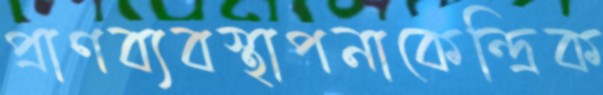
প্রাণব্যবস্থাপনাকেন্দ্রিক